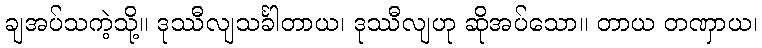
ချအပ်သကဲ့သို့။ ဒုဿီလျသင်္ခါတာယ၊ ဒုဿီလျဟု ဆိုအပ်သော။ တာယ တဏှာယ၊